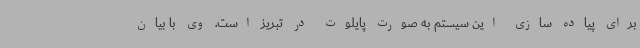
برای پیاده سازی این سیستم به صورت پایلوت در تبریز است. وی با بیان